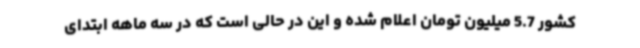
کشور 5.7 میلیون تومان اعلام شده و این در حالی است که در سه ماهه ابتدای